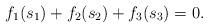
LaTeX: \begin{align*} f_1(s_1)+f_2(s_2)+f_3(s_3)=0.\end{align*}